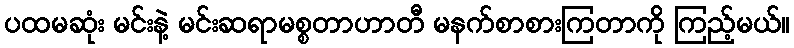
ပထမဆုံး မင်းနဲ့ မင်းဆရာမစ္စတာဟာတီ မနက်စာစားကြတာကို ကြည့်မယ်။